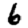
Digit: 6